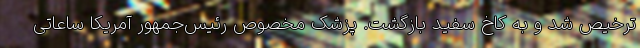
ترخیص شد و به کاخ سفید بازگشت. پزشک مخصوص رئیس‌جمهور آمریکا ساعاتی